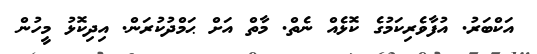
އަކްބަރު. އުފާވެރިކަމުގެ ކޮޅެއް ނެތް. މާތް އަށް ޙަމްދުކުރަން. އިދިކޮޅު މީހުން